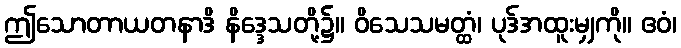
ဤသောတာယတနာဒိ နိဒ္ဒေသတို့၌။ ဝိသေသမတ္ထံ၊ ပုဒ်အထူးမျှကို။ ဧဝံ၊